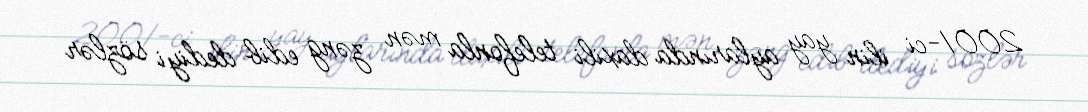
2001-ci ilin yay aylarında daxili telefonla mən zəng edib dediyi sözlər